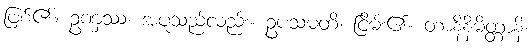
ဖြစ်၏။ ဥဏှဿ၊ အပူသည်လည်း။ ဥပသံမတိ၊ ငြိမ်း၏။ တာနိနိမိတ္တာနိ၊